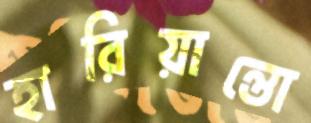
হারিয়ান্তো